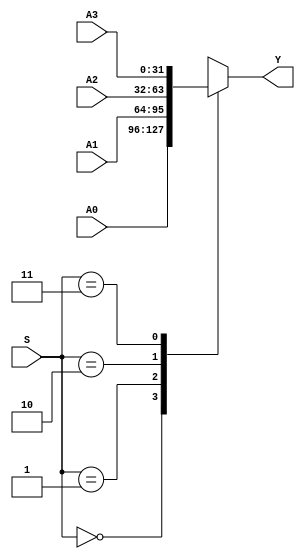
`timescale 1ns / 1ps
//////////////////////////////////////////////////////////////////////////////////
// Company: 
// Engineer: 
// 
// Design Name: 
// Module Name: MUX4X32
// Project Name: 
// Target Devices: 
// Tool Versions: 
// Description: 
// 
// Dependencies: 
// 
// Revision:
// Revision 0.01 - File Created
// Additional Comments:
// 
//////////////////////////////////////////////////////////////////////////////////


module MUX4X32(A0,A1,A2,A3,S,Y);
    input [31:0]A0,A1,A2,A3;
    input [1:0] S;
    output [31:0] Y;
    function [31:0] select;    
        input [31:0] A0,A1,A2,A3;
        input [1:0] S;
        case (S)
            2'b00:select=A0;
            2'b01:select=A1;
            2'b10:select=A2;
            2'b11:select=A3;
        endcase
    endfunction
    assign Y=select(A0,A1,A2,A3,S);   
endmodule